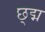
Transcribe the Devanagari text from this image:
छ्द्म